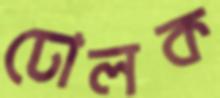
ঢোলক